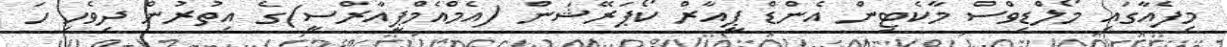
މިފެއާގައި މޯލްޑިވްސް މާކެޓިން އެންޑް ޕީއާރް ކޯޕަރޭޝަން (އެމްއެމްޕީއާރްސީ)ގެ އިތުރުން ދިވެހި ހަ